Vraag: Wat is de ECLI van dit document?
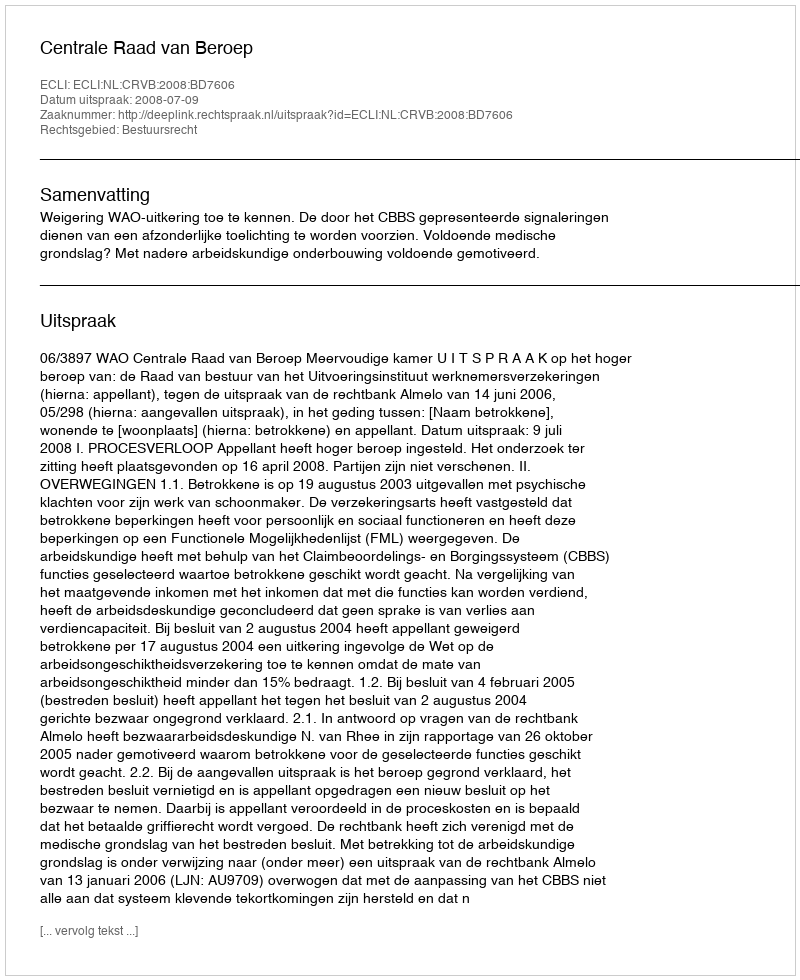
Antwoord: ECLI:NL:CRVB:2008:BD7606